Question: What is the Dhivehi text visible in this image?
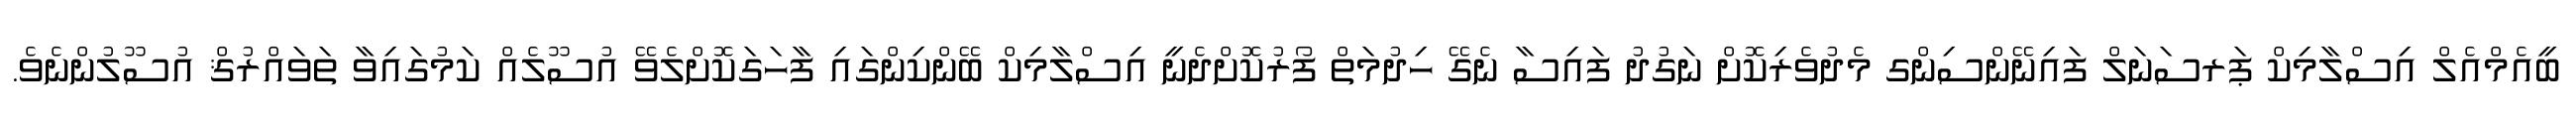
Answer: ބީއެމްއެލް އިސްލާމިކް ޕަރސަނަލް ފައިނޭންސިންގ މެދުވެރިކޮށް ނަގުދު ފައިސާ ނެގޭ ހިދުމަތް ފޯރުކޮށްދެނީ އިސްލާމިކް ބޭންކިންގައި ފާހަގަކޮށްލެވޭ އުސޫލެއް ކަމުގައިވާ ތަވައްރުޤް އުސޫލުންނެވެ.